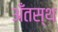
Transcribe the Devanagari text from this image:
अँतस्थ